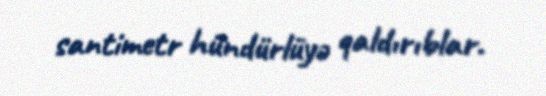
santimetr hündürlüyə qaldırıblar.